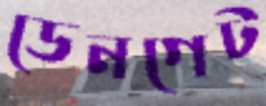
ডেনগেট